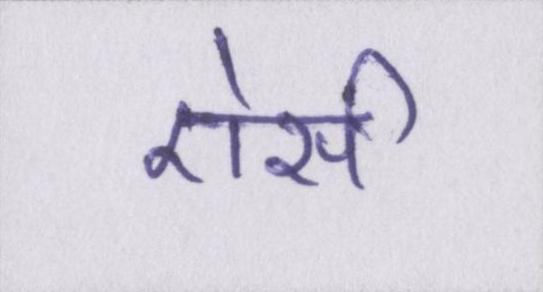
ऐसी